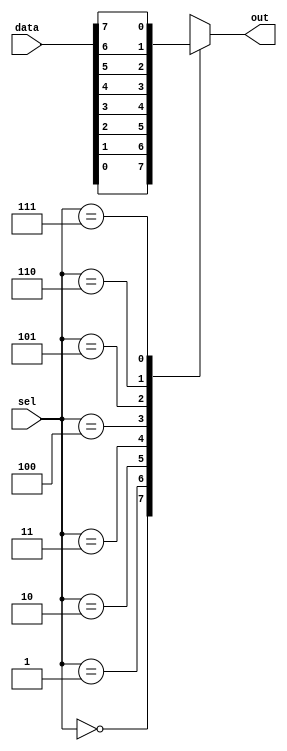
module mux8to1 (
  input [7:0] data,
  input [2:0] sel,
  output reg out
);

always @(*)
begin
  case(sel)
    3'b000: out = data[0];
    3'b001: out = data[1];
    3'b010: out = data[2];
    3'b011: out = data[3];
    3'b100: out = data[4];
    3'b101: out = data[5];
    3'b110: out = data[6];
    3'b111: out = data[7];
    default: out = 1'b0; // Default output if select value is invalid
  endcase
end

endmodule